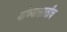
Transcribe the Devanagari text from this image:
यांच्यासाठीच